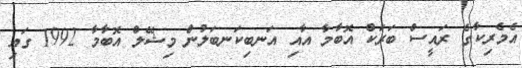
އެމެރިކާގެ ރައީސް ބަރަކް އޮބާމާ އާއި އަނބިކަނބަލުން މިޝޭލް އޮބާމާ 1992 ގައި